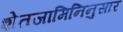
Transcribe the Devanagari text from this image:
शेतजामिनिनुसार